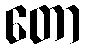
တော